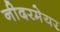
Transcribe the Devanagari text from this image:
नीदरमेयर